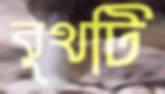
বুথটি